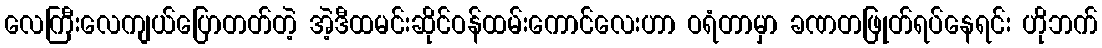
လေကြီးလေကျယ်ပြောတတ်တဲ့ အဲ့ဒီထမင်းဆိုင်ဝန်ထမ်းကောင်လေးဟာ ဝရံတာမှာ ခဏတဖြုတ်ရပ်နေရင်း ဟိုဘက်